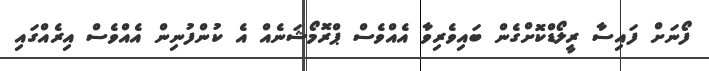
ފޯނަށް ފައިސާ ރީލޯޑްކޮށްގެން ބައިވެރިވާ އެއްވެސް ޕްރޮމޯޝަނެއް އެ ކުންފުނިން އެއްވެސް އިރެއްގައި